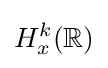
H_{x}^{k}(\mathbb {R} )